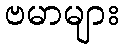
ဗမာများ